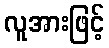
လူအားဖြင့်